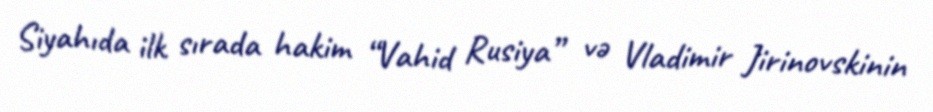
Siyahıda ilk sırada hakim “Vahid Rusiya” və Vladimir Jirinovskinin